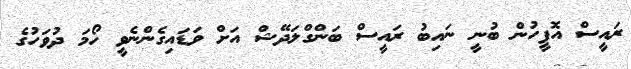
ރައީސް އޮފީހުން ބުނީ ނައިބު ރައީސް ބަންގްލަދޭޝް އަށް ވަޑައިގެންނެވީ ހޯމަ ދުވަހުގެ